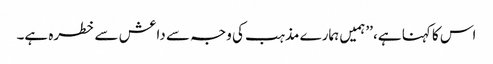
اس کا کہنا ہے، ’’ہمیں ہمارے مذہب کی وجہ سے داعش سے خطرہ ہے۔